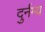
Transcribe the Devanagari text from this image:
दुर्नम्य